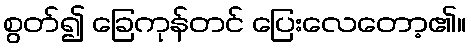
စွတ်၍ ခြေကုန်တင် ပြေးလေတော့၏။